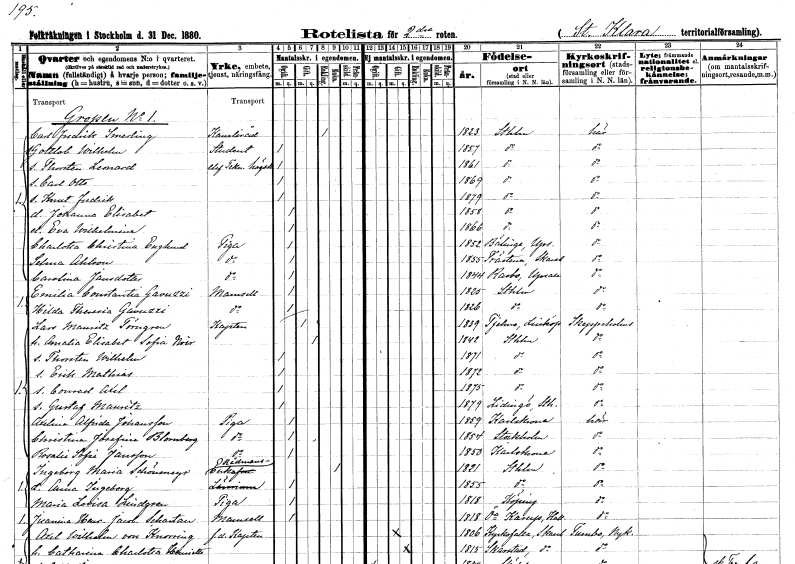
gt_parse: households: individuals: FN: Carl Fredrik
EN: Smerling
YRKE: Kansliråd
KON: M
CIV: E
FODAR: 1823
FODFORS: Stockholm
FN: Gottlob Wilhelm
YRKE: Student
KON: M
CIV: O
FODAR: 1857
FODFORS: Stockholm
FN: Thorsten Leonard
YRKE: Teknisk stud.
KON: M
CIV: O
FODAR: 1861
FODFORS: Stockholm
FN: Carl Otto
KON: M
CIV: O
FODAR: 1869
FODFORS: Stockholm
FN: Knut Fredrik
KON: M
CIV: O
FODAR: 1879
FODFORS: Stockholm
FN: Johanna Elisabet
KON: K
CIV: O
FODAR: 1858
FODFORS: Stockholm
FN: Eva Wilhelmina
KON: K
CIV: O
FODAR: 1866
FODFORS: Stockholm
FN: Charlotta Christina
EN: Englund
YRKE: Piga
KON: K
CIV: O
FODAR: 1852
FODFORS: Bälinge Uppsala län
FN: Selma
EN: Ohlson
YRKE: Piga
KON: K
CIV: O
FODAR: 1855
FODFORS: Trästena Skaraborgs län
FN: Carolina
EN: Jansdotter
YRKE: Piga
KON: K
CIV: O
FODAR: 1852
FODFORS: Rasbo Uppsala län
FN: Emilia Constantia
EN: Gavuzzi
KON: K
CIV: O
FODAR: 1825
FODFORS: Stockholm
FN: Hilda Theresia
EN: Gavuzzi
KON: K
CIV: O
FODAR: 1826
FODFORS: Stockholm
FN: Lars Mauritz
EN: Törngren
YRKE: Kapten
KON: M
CIV: G
FODAR: 1839
FODFORS: Tjällmo Östergötlands län
FN: Amalia Elisabet Sofia
EN: Noir
KON: K
CIV: G
FODAR: 1842
FODFORS: Stockholm
FN: Thorsten Wilhelm
KON: M
CIV: O
FODAR: 1871
FODFORS: Stockholm
FN: Erik Mathias
KON: M
CIV: O
FODAR: 1872
FODFORS: Stockholm
FN: Conrad Axel
KON: M
CIV: O
FODAR: 1875
FODFORS: Stockholm
FN: Gustaf Mauritz
KON: M
CIV: O
FODAR: 1879
FODFORS: Lidingö Stockholms län
FN: Amalia Alfrida
EN: Johansson
YRKE: Piga
KON: K
CIV: O
FODAR: 1859
FODFORS: Karlskrona Blekinge län
FN: Christina Josefina
EN: Blomberg
YRKE: Piga
KON: K
CIV: O
FODAR: 1854
FODFORS: Stockholm
FN: Rosalie Sofia
EN: Jansson
YRKE: Piga
KON: K
CIV: O
FODAR: 1850
FODFORS: Karlskrona Blekinge län
FN: Ingeborg Maria
EN: Schönmeyer
YRKE: Rådmansänka
KON: K
CIV: E
FODAR: 1821
FODFORS: Stockholm
FN: Anna Ingeborg
YRKE: Lärarinna
KON: K
CIV: O
FODAR: 1855
FODFORS: Stockholm
FN: Maria Lovisa
EN: Lindgren
YRKE: Piga
KON: K
CIV: O
FODAR: 1818
FODFORS: Köping Västmanlands län